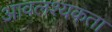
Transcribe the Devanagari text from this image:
आवलश्यकता